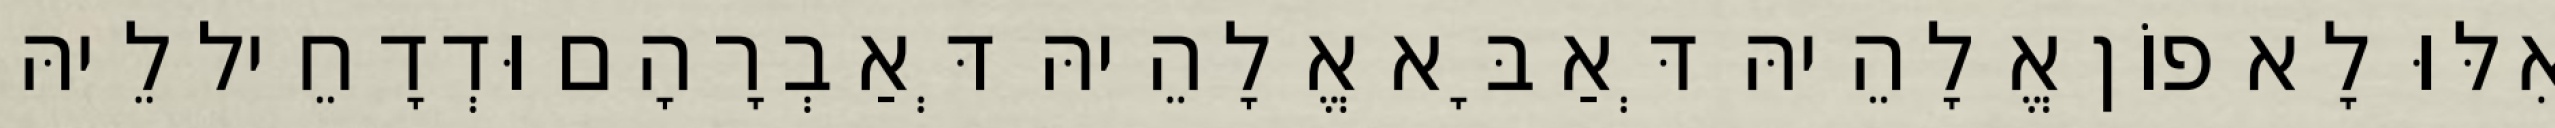
אִלּוּ לָא פוֹן אֱלָהֵיהּ דְּאַבָּא אֱלָהֵיהּ דְּאַבְרָהָם וּדְדָחֵיל לֵיהּ